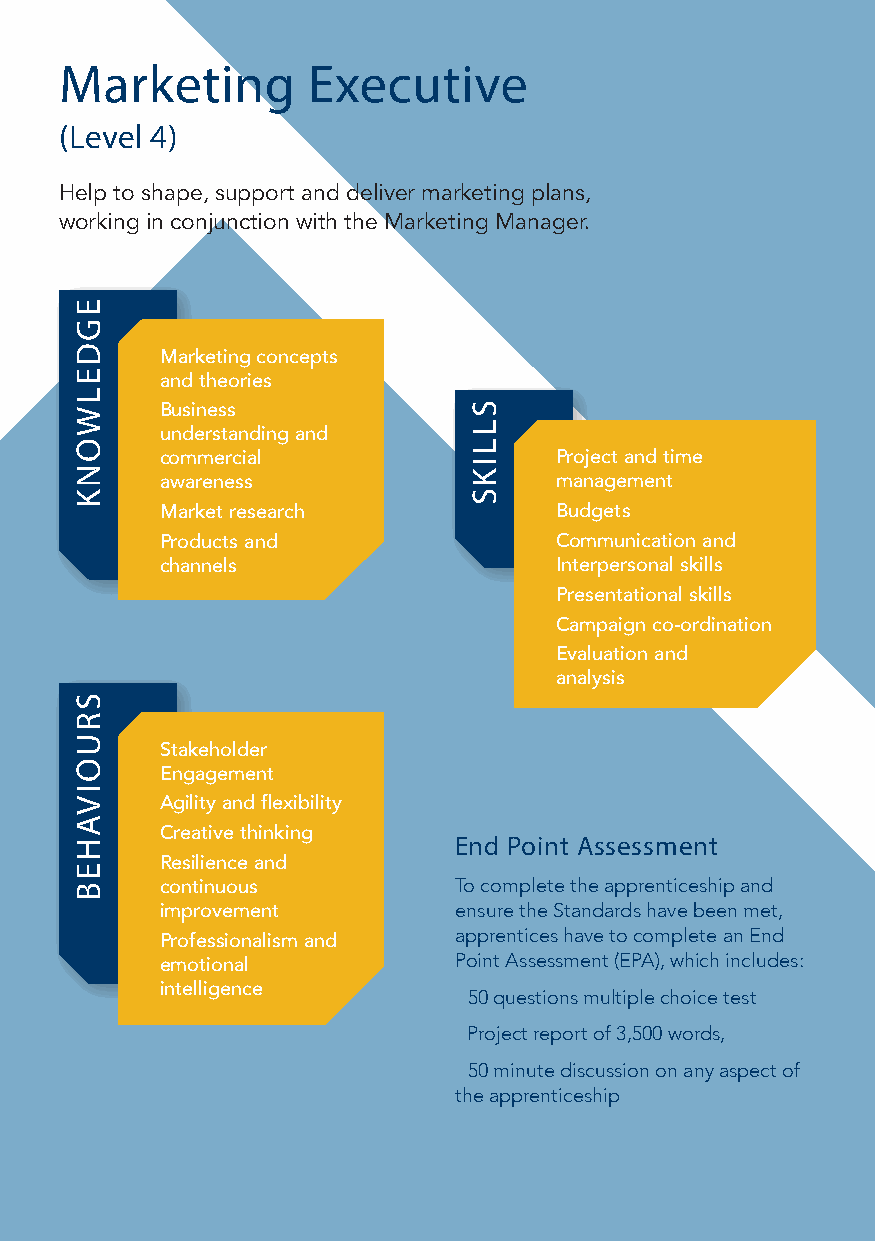
Marketing       Executive
 (Level 4)
 Help to shape, support and deliver marketing plans,
 working in conjunction with the Marketing Manager.
 ● Marketing concepts
 and theories
 ● Business
 understanding and
 commercial               ● Project and time
 awareness                 management
 ● Market research          ● Budgets
 ● Products and             ● Communication and
 channels                  Interpersonal skills
 ● Presentational skills
 ● Campaign co-ordination
 ● Evaluation and
 analysis
 ● Stakeholder
 Engagement
 ● Agility and flexibility
 ● Creative thinking
 End Point Assessment
 ● Resilience and
 continuous         To complete the apprenticeship and
 improvement        ensure the Standards have been met,
 apprentices have to complete an End
 ● Professionalism and
 Point Assessment (EPA), which includes:
 emotional
 intelligence       ● 50 questions multiple choice test
 ● Project report of 3,500 words,
 ● 50 minute discussion on any aspect of
 the apprenticeship
 EGDELWONK
 SRUOIVAHEB
 SLLIKS